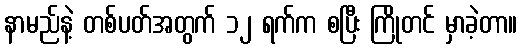
နာမည်နဲ့ တစ်ပတ်အတွက် ၁၂ ရက်က စပြီး ကြိုတင် မှာခဲ့တာ။